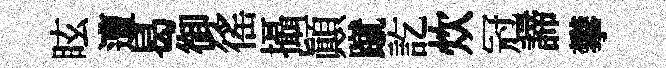
眩遭曷御徭攝顛蹴訖炊冠諦攀